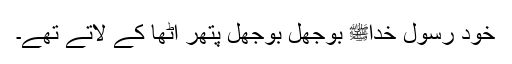
خود رسول خداﷺ بوجھل بوجھل پتھر اُٹھا کے لاتے تھے۔